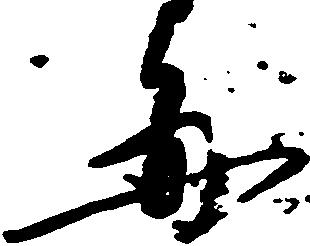
毎